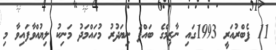
11 ފެބްރުއަރީ 1993ގައި ނާޒިމްގެ ބައްޕަ ނިޔަދުރު މުހައްމަދު މަނިކު ލިޔުއްވާފައިވާ މި